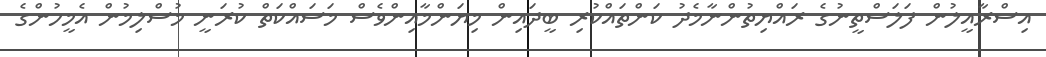
އިސްރާއީލުން ފަލަސްތީނުގެ ރައްޔިތުންނާމެދު ކަންތައްކުރި ބީދައިން މިޔަންމާއިންވެސް މަސައްކަތް ކުރަނީ މުސްލިމުން އެމީހުންގެ